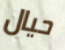
حيال